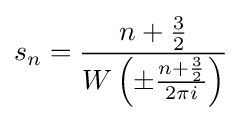
s_{n}={\frac {n+{\frac {3}{2}}}{W\left(\pm {\frac {n+{\frac {3}{2}}}{2\pi i}}\right)}}